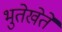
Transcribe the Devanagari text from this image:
भुतेखेते